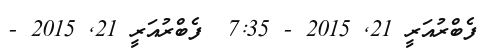
ފެބްރުއަރީ 21